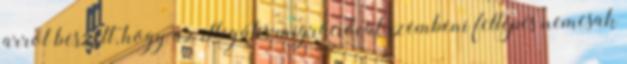
arról beszélt, hogy az illegális migrációval szembeni fellépés nemcsak